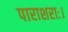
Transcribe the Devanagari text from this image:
पाराशराः।